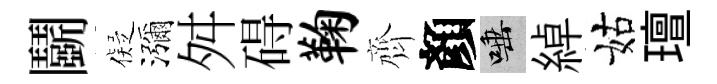
鬬儗瀰舛碍鞠齊顏唾綽姑璮